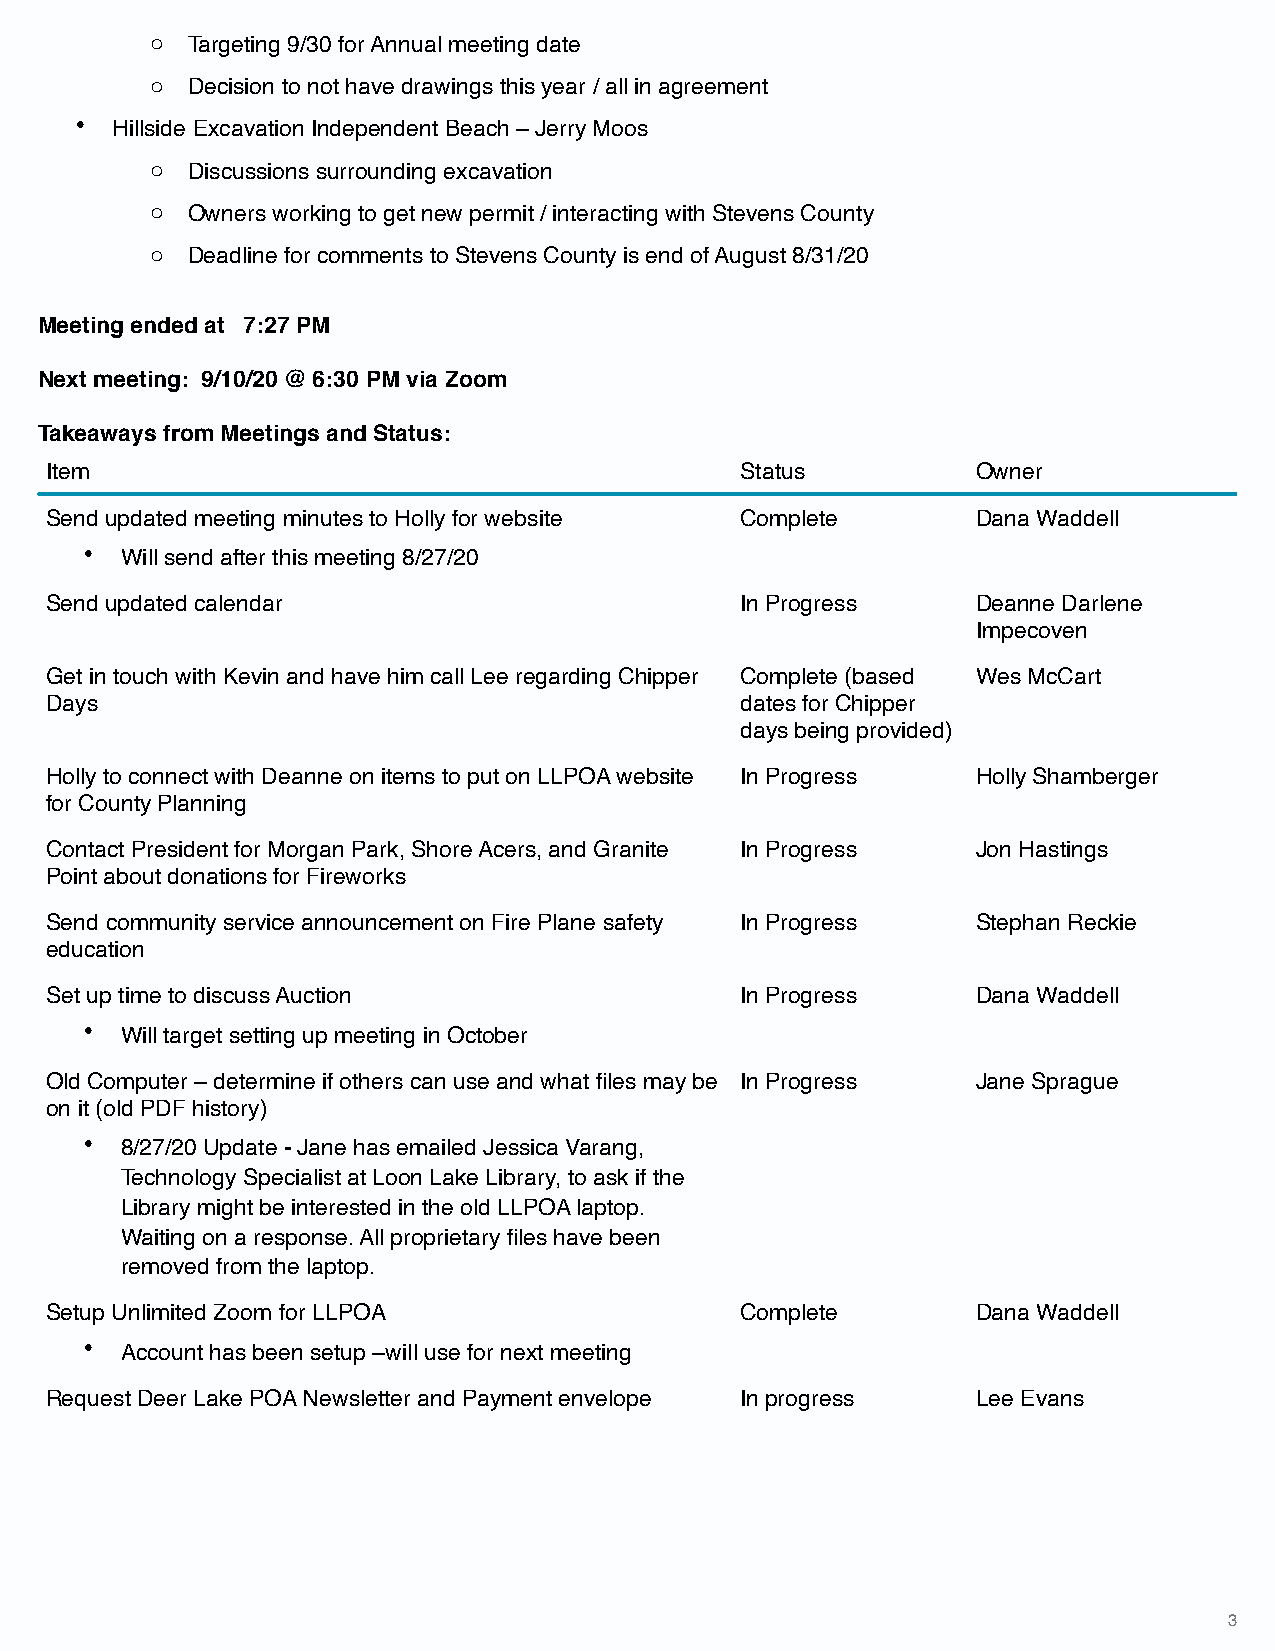
o Targeting 9/30 for Annual meeting date
 o Decision to not have drawings this year / all in agreement
 • Hillside Excavation Independent Beach – Jerry Moos
 o Discussions surrounding excavation
 o Owners working to get new permit / interacting with Stevens County
 o Deadline for comments to Stevens County is end of August 8/31/20
 Meeting ended at 7:27 PM
 Next meeting: 9/10/20 @ 6:30 PM via Zoom
 Takeaways from Meetings and Status:
 Item                                          Status          Owner
 Send updated meeting minutes to Holly for website Complete    Dana Waddell
 • Will send after this meeting 8/27/20
 Send updated calendar                         In Progress     Deanne Darlene
 Impecoven
 Get in touch with Kevin and have him call Lee regarding Chipper Complete (based Wes McCart
 Days                                          dates for Chipper
 days being provided)
 Holly to connect with Deanne on items to put on LLPOA website In Progress Holly Shamberger
 for County Planning
 Contact President for Morgan Park, Shore Acers, and Granite In Progress Jon Hastings
 Point about donations for Fireworks
 Send community service announcement on Fire Plane safety In Progress Stephan Reckie
 education
 Set up time to discuss Auction                In Progress     Dana Waddell
 • Will target setting up meeting in October
 Old Computer – determine if others can use and what files may be In Progress Jane Sprague
 on it (old PDF history)
 • 8/27/20 Update - Jane has emailed Jessica Varang,
 Technology Specialist at Loon Lake Library, to ask if the
 Library might be interested in the old LLPOA laptop.
 Waiting on a response. All proprietary files have been
 removed from the laptop.
 Setup Unlimited Zoom for LLPOA                Complete        Dana Waddell
 • Account has been setup –will use for next meeting
 Request Deer Lake POA Newsletter and Payment envelope In progress Lee Evans
 3